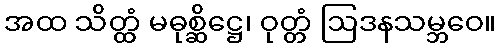
အထ သိတ္ထံ မဓုစ္ဆိဋ္ဌေ၊ ဝုတ္တံ ဩဒနသမ္ဘဝေ။